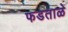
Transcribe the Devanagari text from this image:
फडताळे